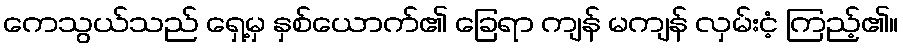
ကေသွယ်သည် ရှေ့မှ နှစ်ယောက်၏ ခြေရာ ကျန် မကျန် လှမ်းငံ့ ကြည့်၏။